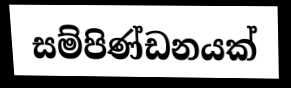
සම්පිණ්ඩනයක්